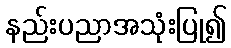
နည်းပညာအသုံးပြု၍